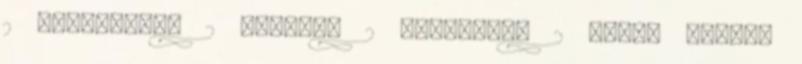
2 szeptember 2 április 2 augusztus 2 antik stílus